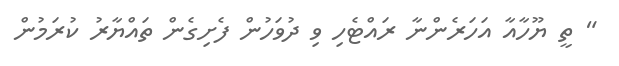
" ތީ ޔޫހާއާ އަހަރެންނާ ރައްޓެހި ވި ދުވަހުން ފެށިގެން ތައްޔާރު ކުރަމުން